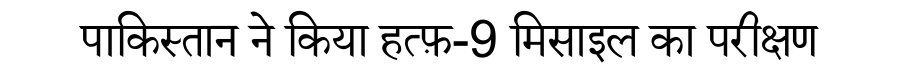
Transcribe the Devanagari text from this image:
पाकिस्तान ने किया हत्फ़-9 मिसाइल का परीक्षण